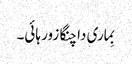
بِماری دا چنگا زور ہائی۔